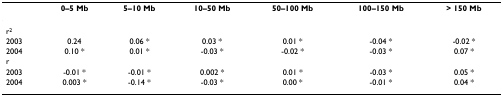
<table><thead><tr><td></td><td><b>0–5 Mb</b></td><td><b>5–10 Mb</b></td><td><b>10–50 Mb</b></td><td><b>50–100 Mb</b></td><td><b>100–150 Mb</b></td><td><b>&gt; 150 Mb</b></td></tr></thead><tbody><tr><td>r<sup>2</sup></td><td></td><td></td><td></td><td></td><td></td><td></td></tr><tr><td>2003</td><td>0.24</td><td>0.06 *</td><td>0.03 *</td><td>0.01 *</td><td>-0.04 *</td><td>-0.02 *</td></tr><tr><td>2004</td><td>0.10 *</td><td>0.01 *</td><td>-0.03 *</td><td>-0.02 *</td><td>-0.03 *</td><td>0.07 *</td></tr><tr><td>r</td><td></td><td></td><td></td><td></td><td></td><td></td></tr><tr><td>2003</td><td>-0.01 *</td><td>-0.01 *</td><td>0.002 *</td><td>0.01 *</td><td>-0.03 *</td><td>0.05 *</td></tr><tr><td>2004</td><td>0.003 *</td><td>-0.14 *</td><td>-0.03 *</td><td>0.00 *</td><td>-0.01 *</td><td>0.04 *</td></tr></tbody></table>